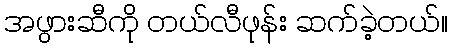
အဖွားဆီကို တယ်လီဖုန်း ဆက်ခဲ့တယ်။